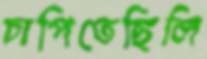
চাপিতেছিলি